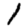
Digit: 1